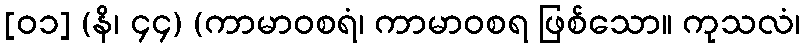
[၀၁] (နိ၊ ၄၄) (ကာမာဝစရံ၊ ကာမာဝစရ ဖြစ်သော။ ကုသလံ၊